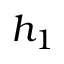
h _ { 1 }